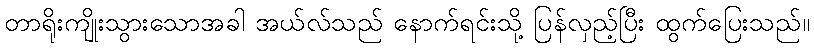
တာရိုးကျိုးသွားသောအခါ အယ်လ်သည် နောက်ရင်းသို့ ပြန်လှည့်ပြီး ထွက်ပြေးသည်။